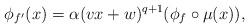
LaTeX: \begin{align*}\phi_{f'}(x) = \alpha (vx+w)^{q+1} (\phi_f \circ \mu(x)),\end{align*}